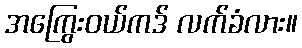
အကြွေးဝယ်ကဒ် လက်ခံလား။